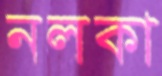
নলকা